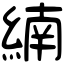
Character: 䋻